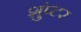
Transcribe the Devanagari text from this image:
शुंप्टर